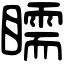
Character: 𥌎